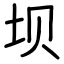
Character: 坝